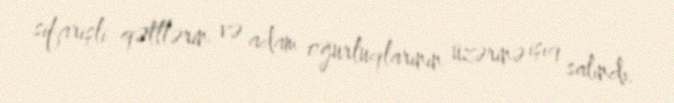
sifarişli qətllərin və adam oğurluqlarının üzərinə işıq salındı.